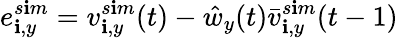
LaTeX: e_{\mathbf{i},y}^{s\mathbf{i}m}=v_{\mathbf{i},y}^{s\mathbf{i}m}(t)-\hat{{w}}_{y}(t)\bar{{v}}_{\mathbf{i},y}^{s\mathbf{i}m}(t-1)